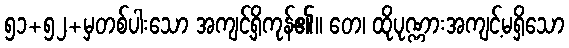
၅၁+၅၂+မှတစ်ပါးသော အကျင့်ရှိကုန်၏။ တေ၊ ထိုပုဏ္ဏားအကျင့်မရှိသော